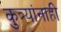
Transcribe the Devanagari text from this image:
कुत्र्यांनाही